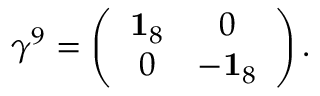
\gamma ^ { 9 } = \left( \begin{array} { c c } { { { \bf 1 } _ { 8 } } } & { { 0 } } \\ { { 0 } } & { { - { \bf 1 } _ { 8 } } } \end{array} \right) .